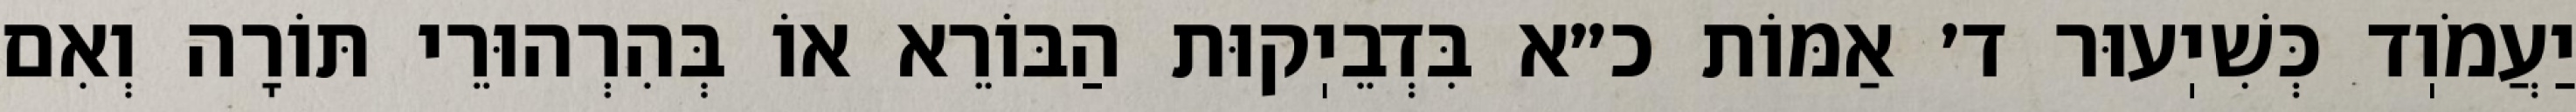
יַעֲמֹוֽד כְּשִׁיֽעוּר ד׳ אַמּוֹת כ״א בִּדְבֵיֽקוּת הַבּוֹרֵא אוֹ בְּהִרְהוּרֵי תּוֹרָה וְאִם